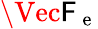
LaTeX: \Vec{\mathsf{F}}_{\mathrm{{~e~}}}